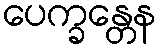
ပေက္ခန္တေန